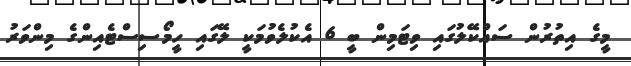
މީގެ އިތުރުން ސައްކޭލުގައި ވިޓަމިން ބީ 6 އެކުލެވުމަކީ ލޭގައި ހީމޯސިސްޓެއިންގެ މިންވަރު